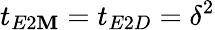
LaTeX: t_{E2\mathbf{M}}=t_{E2D}=\delta^{2}